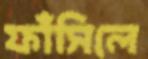
ফাঁসিলে